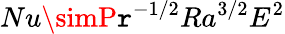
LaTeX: Nu\simP\mathtt{r}^{-1/2}Ra^{3/2}E^{2}